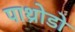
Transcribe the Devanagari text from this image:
पाथ्रोडो